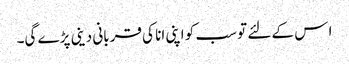
ا س کے لئے تو سب کو اپنی انا کی قربانی دینی پڑے گی۔